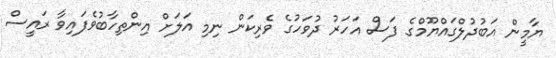
ޔާމީން އަބުދުލްގައްޔޫމްގެ ފަސް އަހަރު ދުވަހުގެ ވެރިކަން ނިމި އަލަށް އިންތިހާބުވެފައިވާ ރައީސް